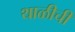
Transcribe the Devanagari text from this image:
थाळीची